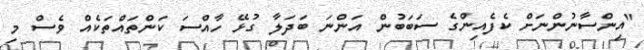
"އިންސާނުންނަށް ކެފެއިންގެ ސަބަބުން އަންނަ ބަދަލާ ގުޅޭ ހާއްސަ ކަންތައްތަކެއް ވެސް މި